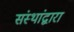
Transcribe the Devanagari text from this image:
संस्थांद्वारा